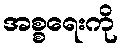
အစ္စရေးကို